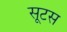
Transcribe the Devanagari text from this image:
सूटस